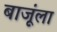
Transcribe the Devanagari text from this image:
बाजूंला